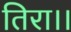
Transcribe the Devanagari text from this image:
तिरा।।